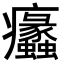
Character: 𤼠